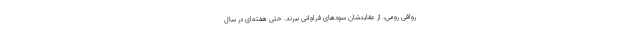
رواقی رومی، از عقایدشان سود‌های فراوانی ببرند. حتی هفته‌ای در سال